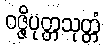
ဝဇ္ဇိပုတ္တသုတ္တံ